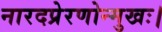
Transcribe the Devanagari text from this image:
नारदप्रेरणोन्मुखः।